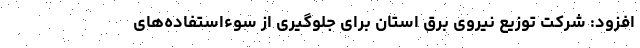
افزود: شرکت توزیع نیروی برق استان برای جلوگیری از سوء‌استفاده‌های